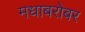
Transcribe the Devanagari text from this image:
मधाबरोबर